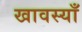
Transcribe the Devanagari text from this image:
खावस्याँ